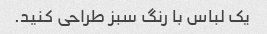
یک لباس با رنگ سبز طراحی کنید.